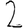
Digit: 2